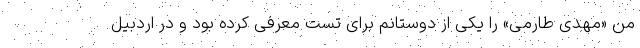
من «مهدی طارمی» را یکی از دوستانم برای تست معرفی کرده بود و در اردبیل